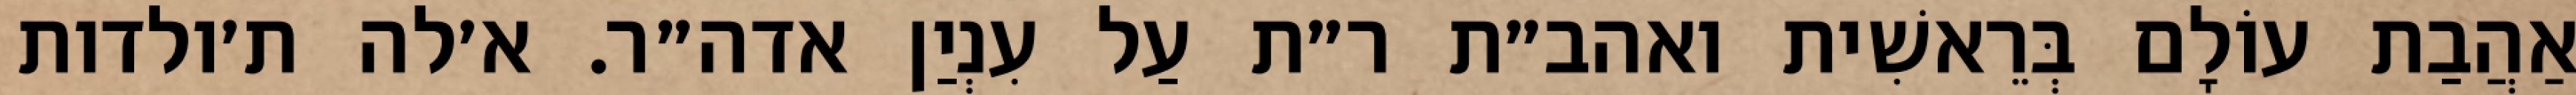
אַהֲבַת עוֹלָם בְּרֵאשִׁית ואהב״ת ר״ת עַל עִנְיַן אדה״ר. א׳לה ת׳ולדות